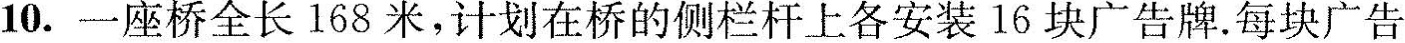
10.一座桥全长168米，计划在桥的侧栏杆上各安装16块广告牌。每块广告